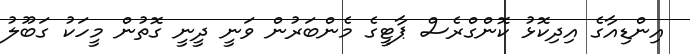
އިންޑިއާގެ އިދިކޮޅު ކޮންގްރެސް ޕާޓީގެ މެންބަރުން ވަނީ ދީނީ ގޮތުން މީހަކު ގަބޫލު